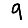
Digit: 9